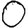
Digit: 0